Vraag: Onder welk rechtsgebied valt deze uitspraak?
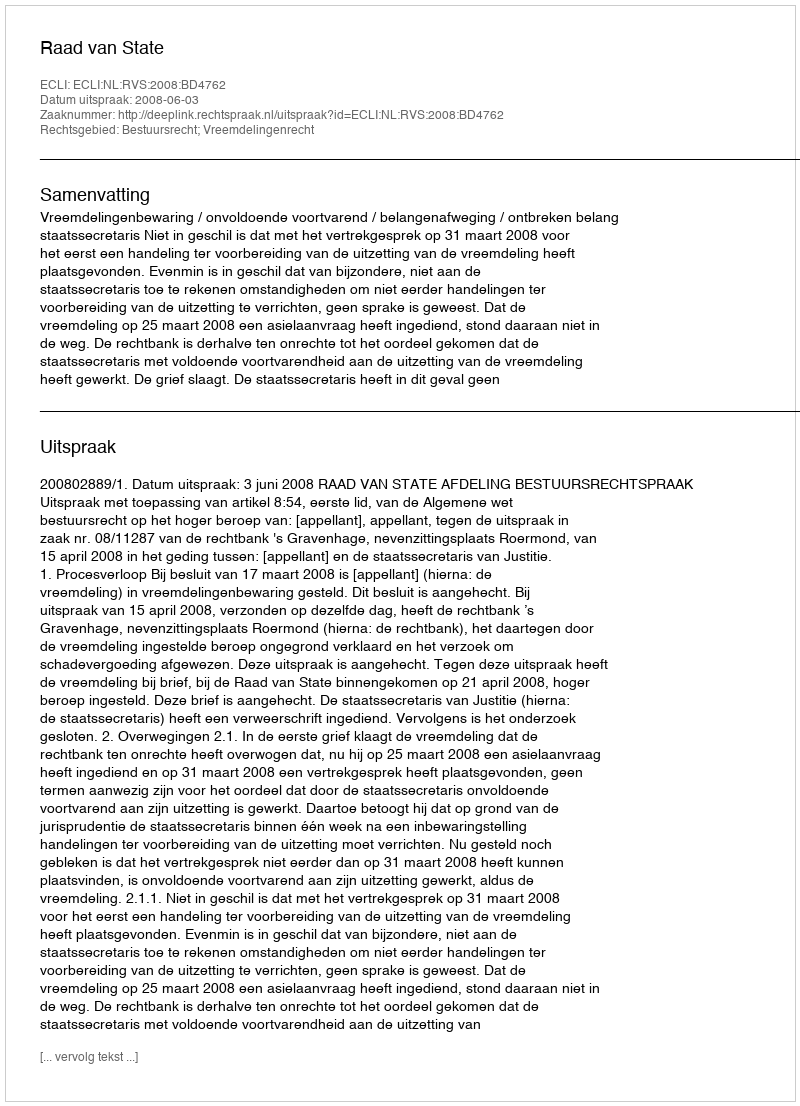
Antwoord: Bestuursrecht; Vreemdelingenrecht